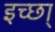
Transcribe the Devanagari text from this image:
इच्छा्